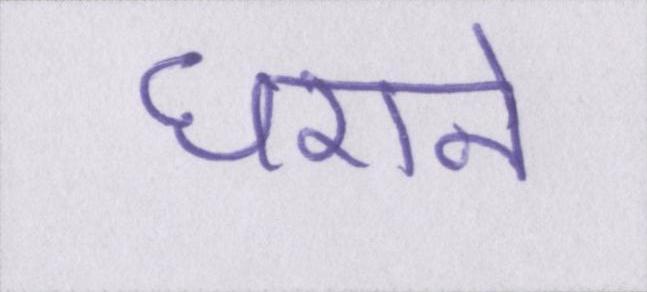
घराने